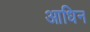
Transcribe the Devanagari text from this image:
आधिन